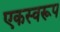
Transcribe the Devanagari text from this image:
एकस्वरूप